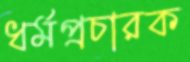
ধর্মপ্রচারক